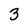
Character: 3